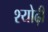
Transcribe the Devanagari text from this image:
श्योढ़ी